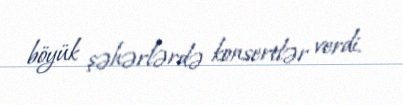
böyük şəhərlərdə konsertlər verdi.